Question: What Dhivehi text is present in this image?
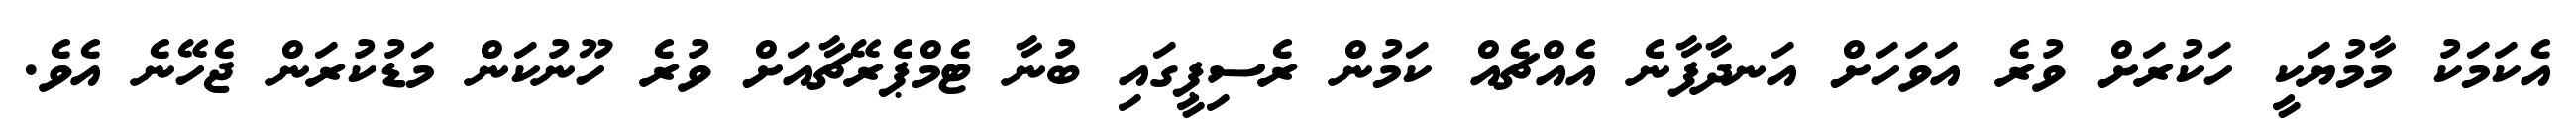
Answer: އެކަމަކު މާމުޔަކީ ހަކުރަށް ވުރެ އަވަހަށް އަނދާފާނެ އެއްޗެއް ކަމުން ރެސިޕީގައި ބުނާ ޓެމްޕެރޭޗާއަށް ވުރެ ހޫނުކަން މަޑުކުރަން ޖެހޭނެ އެވެ.